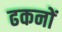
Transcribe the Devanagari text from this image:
ढकनों